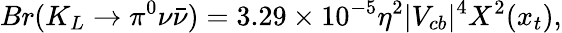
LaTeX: Br(K_{L}\to\pi^{0}\nu\bar{\nu})=3.29\times 10^{-5}\eta^{2}|V_{cb}|^{4}X^{2}(x_{t}),